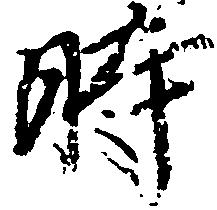
時